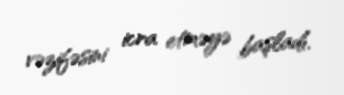
vəzifəsini icra etməyə başladı.